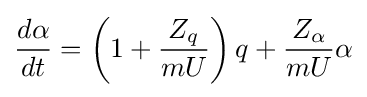
{\frac {d\alpha }{dt}}=\left(1+{\frac {Z_{q}}{mU}}\right)q+{\frac {Z_{\alpha }}{mU}}\alpha